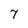
Character: 7